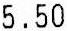
5.50